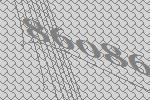
86086